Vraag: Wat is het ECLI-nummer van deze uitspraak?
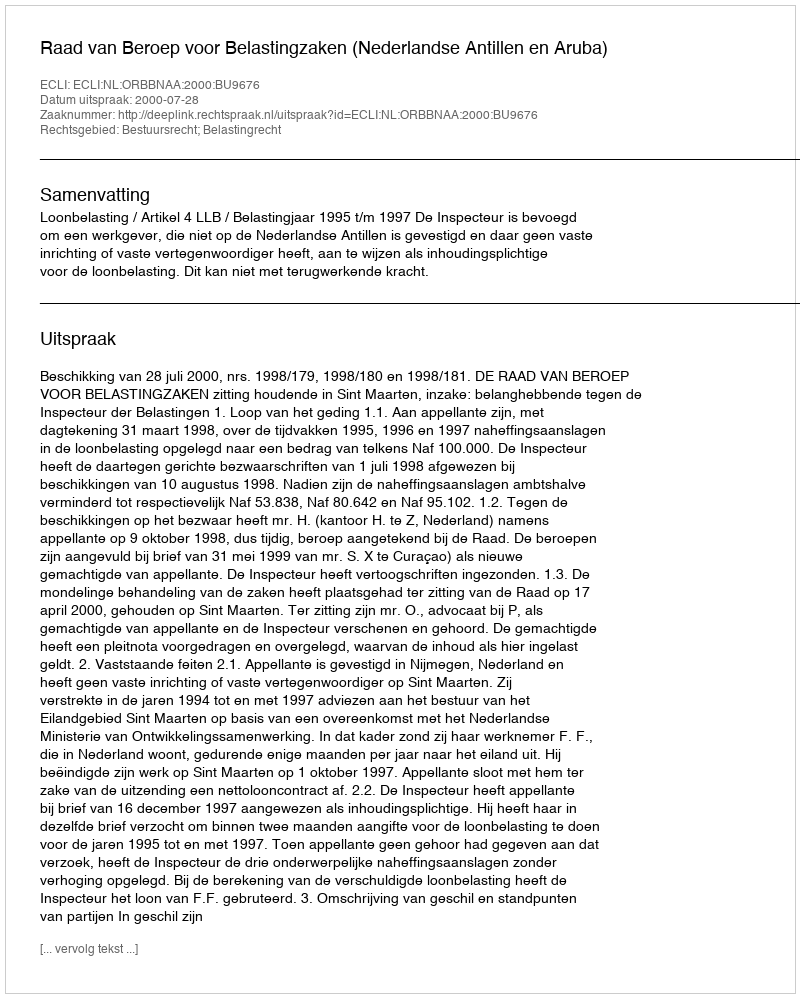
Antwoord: ECLI:NL:ORBBNAA:2000:BU9676